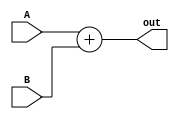
module Adder(A, B, out);

	input [7:0] A, B;
	output [7:0] out;
	
	assign out = A + B;
	
endmodule